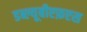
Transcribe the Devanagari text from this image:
डब्ल्यूबीएफ़एस